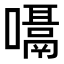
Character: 𪢙